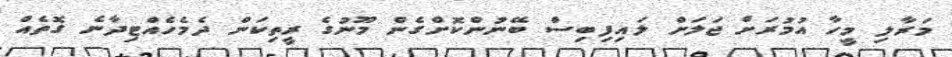
މަރާލި މީހާ އުމުރަށް ޖަލަށް ލައިފިބިސް ބޭނުންކޮށްގެން މޫނުގެ ރީތިކަން ދެމެހެއްޓިދާނެ ގޮތެއް